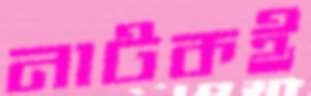
নাটকই